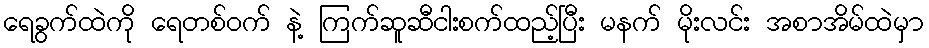
ရေခွက်ထဲကို ရေတစ်ဝက် နဲ့ ကြက်ဆူဆီငါးစက်ထည့်ပြီး မနက် မိုးလင်း အစာအိမ်ထဲမှာ